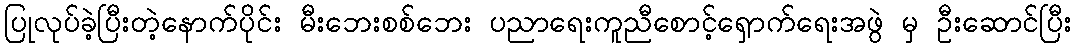
ပြုလုပ်ခဲ့ပြီးတဲ့နောက်ပိုင်း မီးဘေးစစ်ဘေး ပညာရေးကူညီစောင့်ရှောက်ရေးအဖွဲ မှ ဦးဆောင်ပြီး